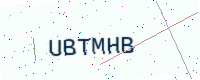
Text: UBTMHB